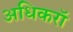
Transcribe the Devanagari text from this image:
अधिकरॉ